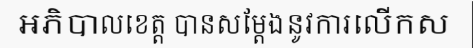
អភិបាលខេត្ត បានសម្តែងនូវការលើកស